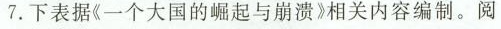
7.下表据《一个大国的崛起与崩溃》相关内容编制。阅